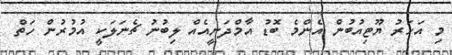
މި އަހަރު ޔޫޓިއުބުން އެންމެ ބޮޑު އާމްދަނީއެއް ލިބުނު ޗެނަލަކީ އުމުރުން ހަތް